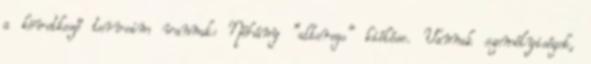
a következő terveim vannak: Néhány "alterego" kiélése. Vannak személyiségek,